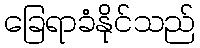
ခြေရာခံနိုင်သည်